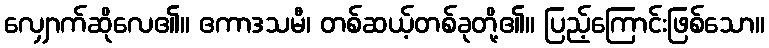
လျှောက်ဆိုလေ၏။ ဧကာဒသမီ၊ တစ်ဆယ့်တစ်ခုတို့၏။ ပြည့်ကြောင်းဖြစ်သော။